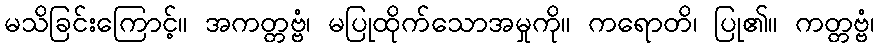
မသိခြင်းကြောင့်။ အကတ္တဗ္ဗံ၊ မပြုထိုက်သောအမှုကို။ ကရောတိ၊ ပြု၏။ ကတ္တဗ္ဗံ၊